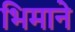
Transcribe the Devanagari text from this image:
भिमाने